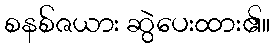
စနစ်ဇယား ဆွဲပေးထား၏။